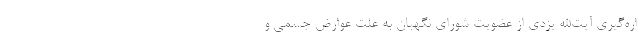
اره‌گیری آیت‌الله یزدی از عضویت شورای نگهبان به علت عوارض جسمی و